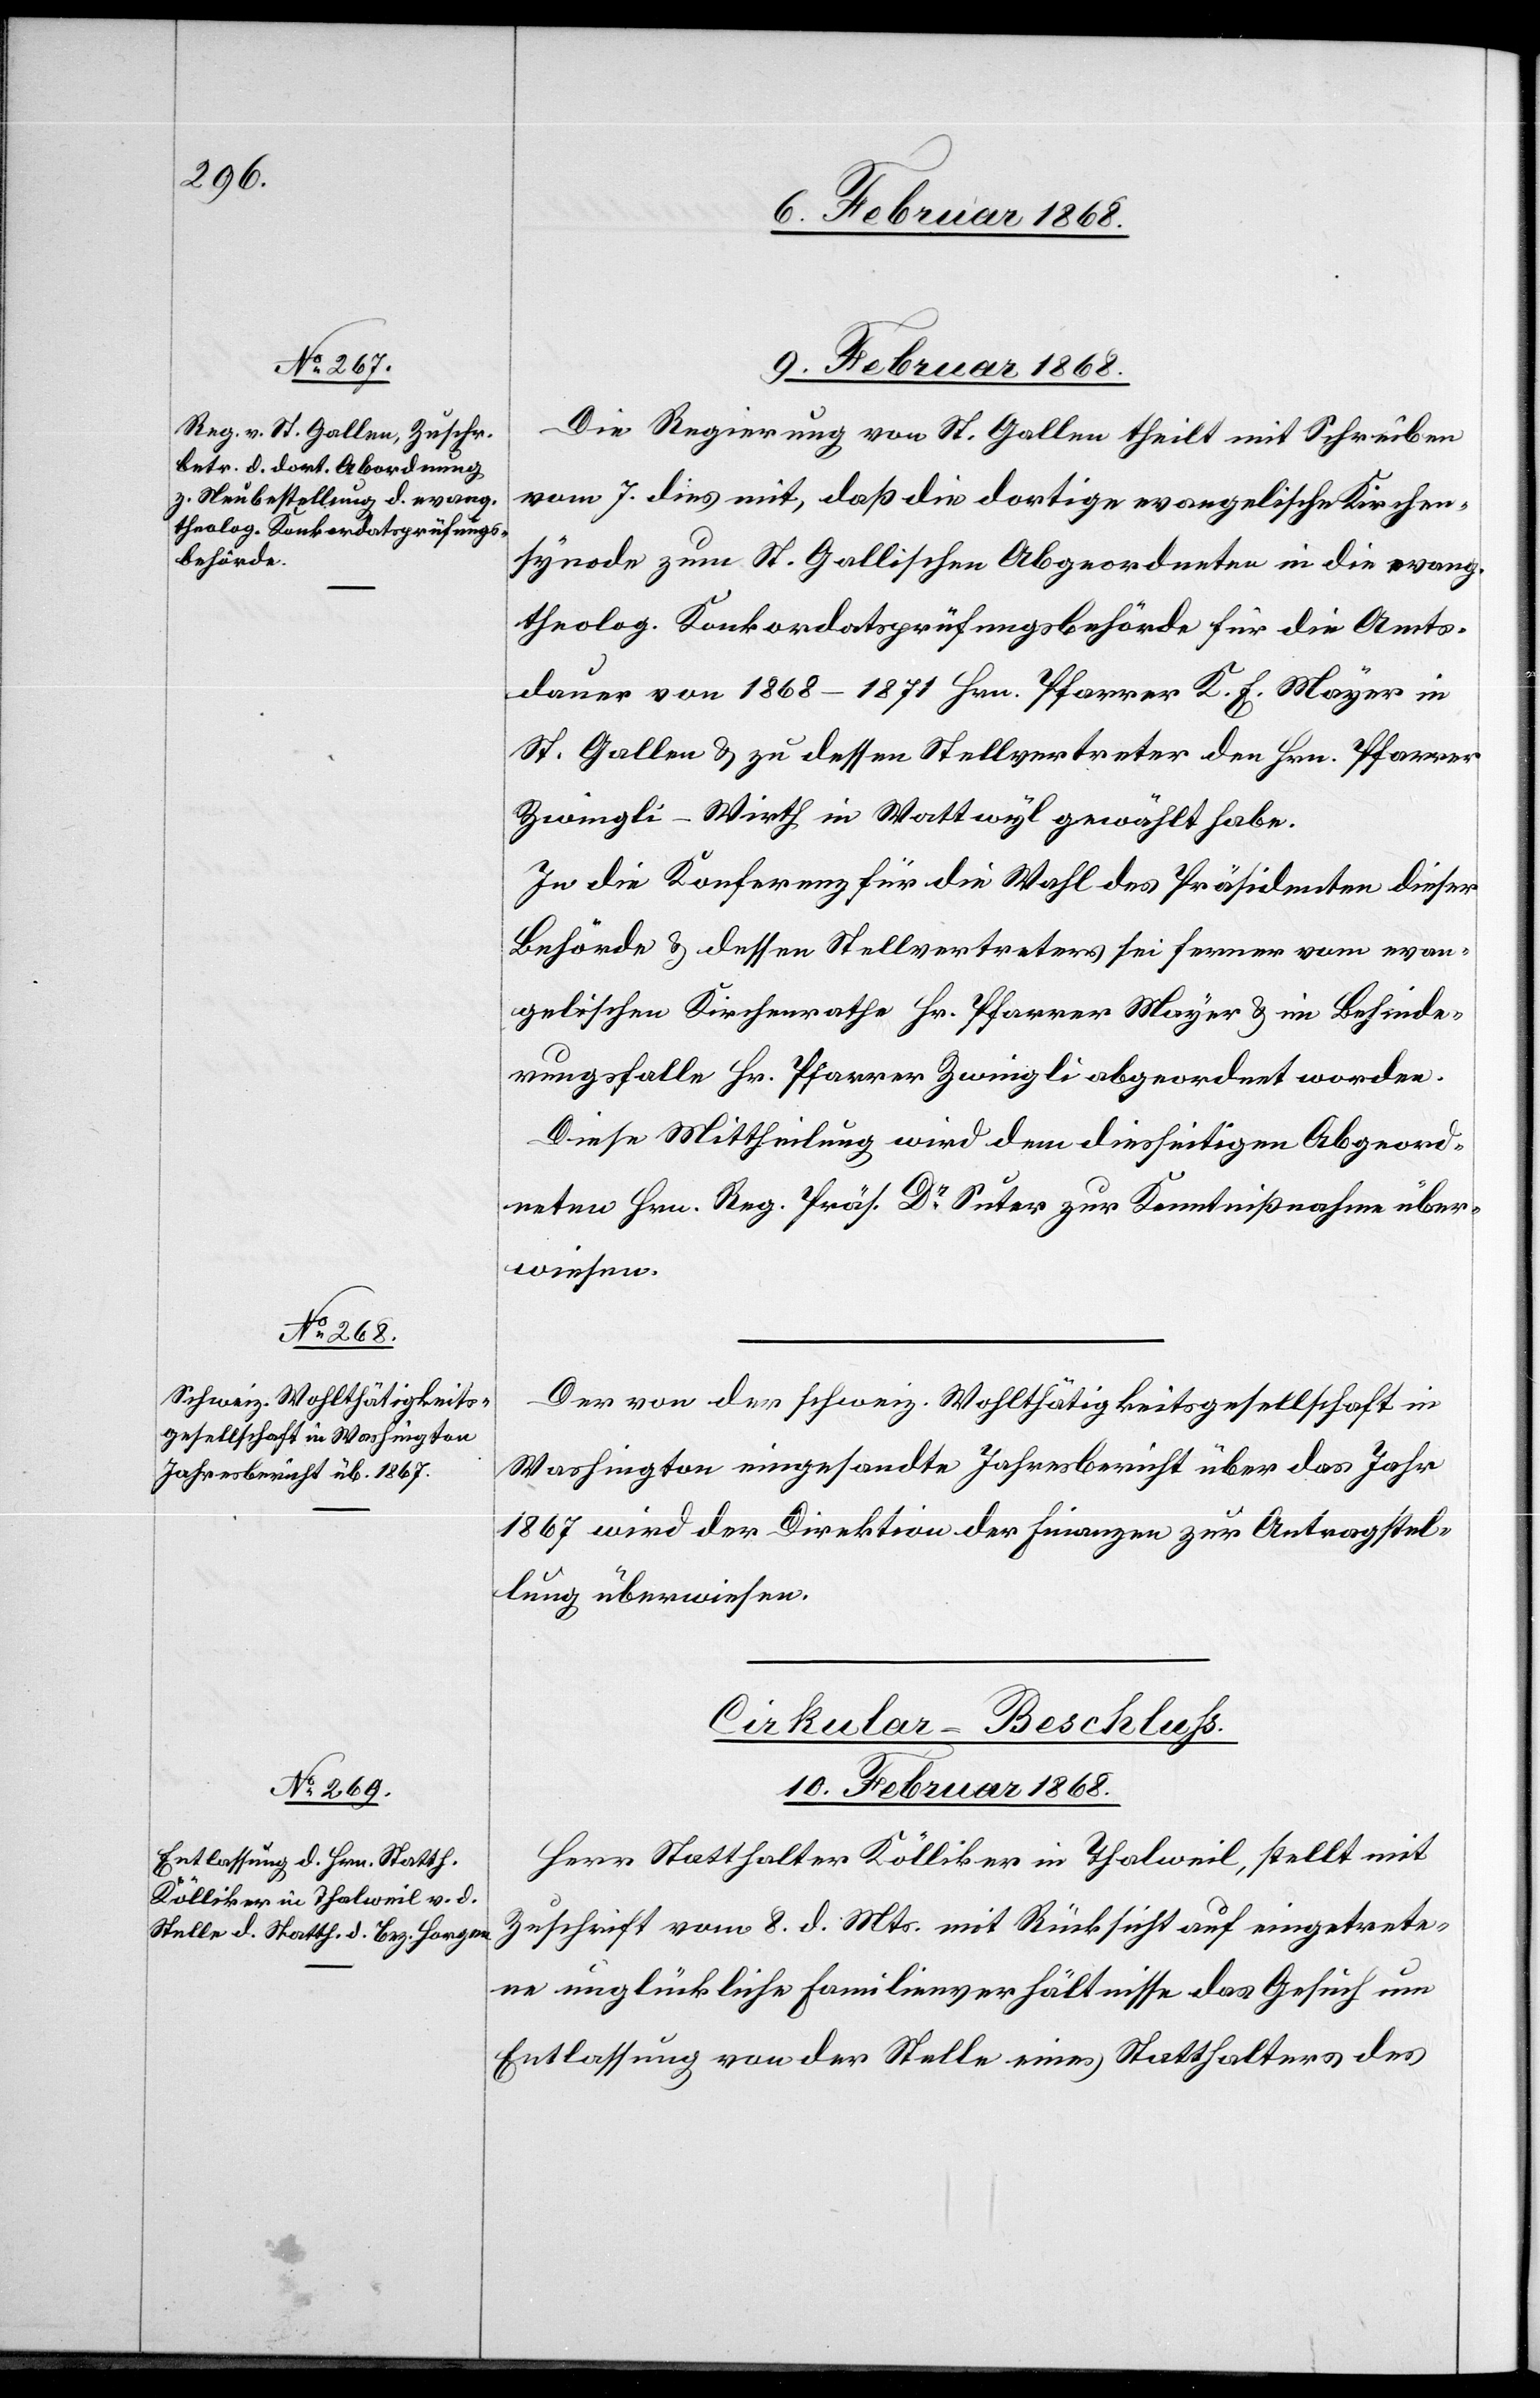
9. Februar 1868.]
Die Regierung von St. Gallen theilt mit Schreiben
vom 7. dies mit, daß die dortige evangelische Kirchen¬
synode zum St. Gallischen Abgeordneten in die evang.
theolog. Konkordatsprüfungsbehörde für die Amts¬
dauer von 1868–1871 Hrn. Pfarrer K. E. Mayer in
St. Gallen & zu dessen Stellvertreter den Hrn. Pfarrer
Zwingli-Wirth in Wattwyl gewählt habe.
In die Konferenz für die Wahl des Präsidenten dieser
Behörde & dessen Stellvertreters sei ferner vom evan¬
gelischen Kirchenrathe Hr. Pfarrer Mayer & im Behinde¬
rungsfalle Hr. Pfarrer Zwingli abgeordnet worden.
Diese Mittheilung wird dem diesseitigen Abgeord¬
neten Hrn. Reg. Präs. Dr. Suter zur Kenntnißnahme über¬
wiesen.
Der von der schweiz. Wohlthätigkeitsgesellschaft in
Washington eingesandte Jahresbericht über das Jahr
1867 wird der Direktion der Finanzen zur Antragstel¬
lung überwiesen.
Cirkular-Beschluss.
10. Februar 1868.
Herr Statthalter Kölliker in Thalweil, stellt mit
Zuschrift vom 8. d. Mts. mit Rücksicht auf eingetrete¬
ne unglückliche Familienverhältnisse das Gesuch um
Entlassung von der Stelle eines Statthalters des